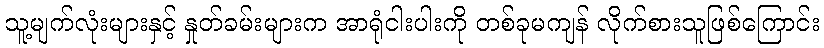
သူ့မျက်လုံးများနှင့် နှုတ်ခမ်းများက အာရုံငါးပါးကို တစ်ခုမကျန် လိုက်စားသူဖြစ်ကြောင်း